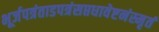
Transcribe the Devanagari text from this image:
भूर्जपत्रंताडपत्रंसप्तधावेष्टनंस्मृतं